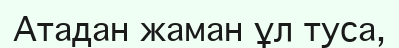
Атадан жаман ұл туса,